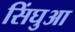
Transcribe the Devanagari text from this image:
सिंघुआ